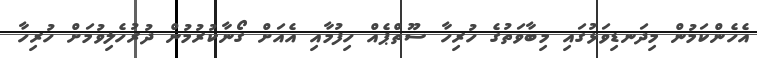
އެހެންކަމުން މިދަނޑިވަޅުގައި މިބާވަތުގެ ހުރިހާ ސޫތްޕެއް ހިފުމާއި އެއަށް ގޯނާކުރުމުން ދުރުހެލިވުމަށް ހުރިހާ